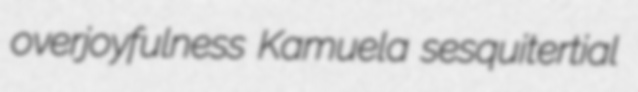
overjoyfulness Kamuela sesquitertial